Vaccination in Bombay 1889-1901 - 1889-1901
Year: 1889
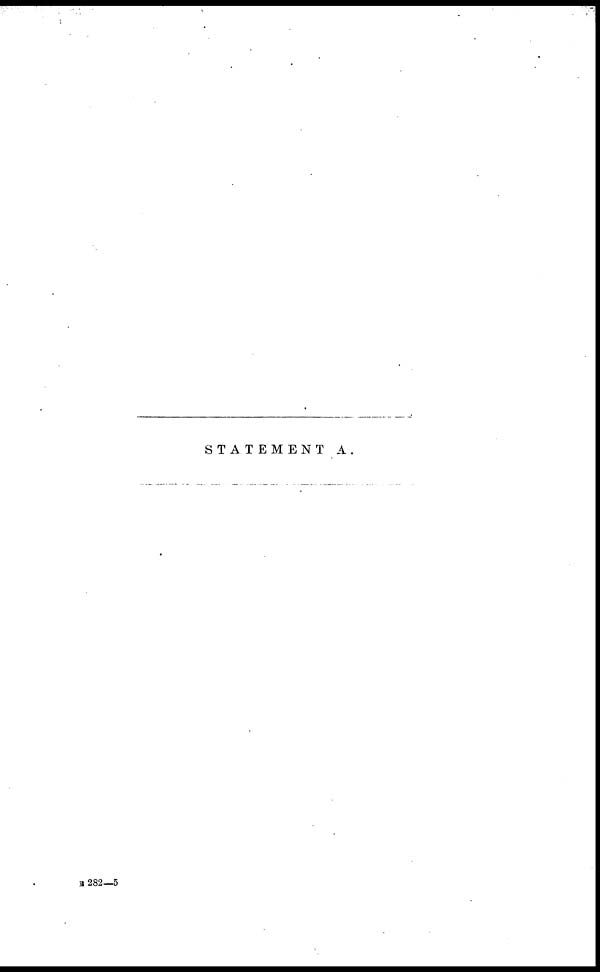
STATEMENT A.
B 282—5